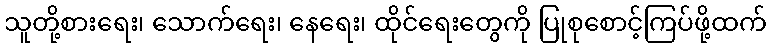
သူတို့စားရေး၊ သောက်ရေး၊ နေရေး၊ ထိုင်ရေးတွေကို ပြုစုစောင့်ကြပ်ဖို့ထက်